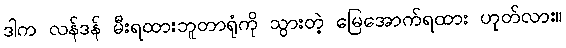
ဒါက လန်ဒန် မီးရထားဘူတာရုံကို သွားတဲ့ မြေအောက်ရထား ဟုတ်လား။